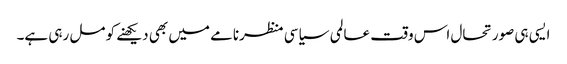
ایسی ہی صورتحال اس وقت عالمی سیاسی منظرنامے میں بھی دیکھنے کو مل رہی ہے۔